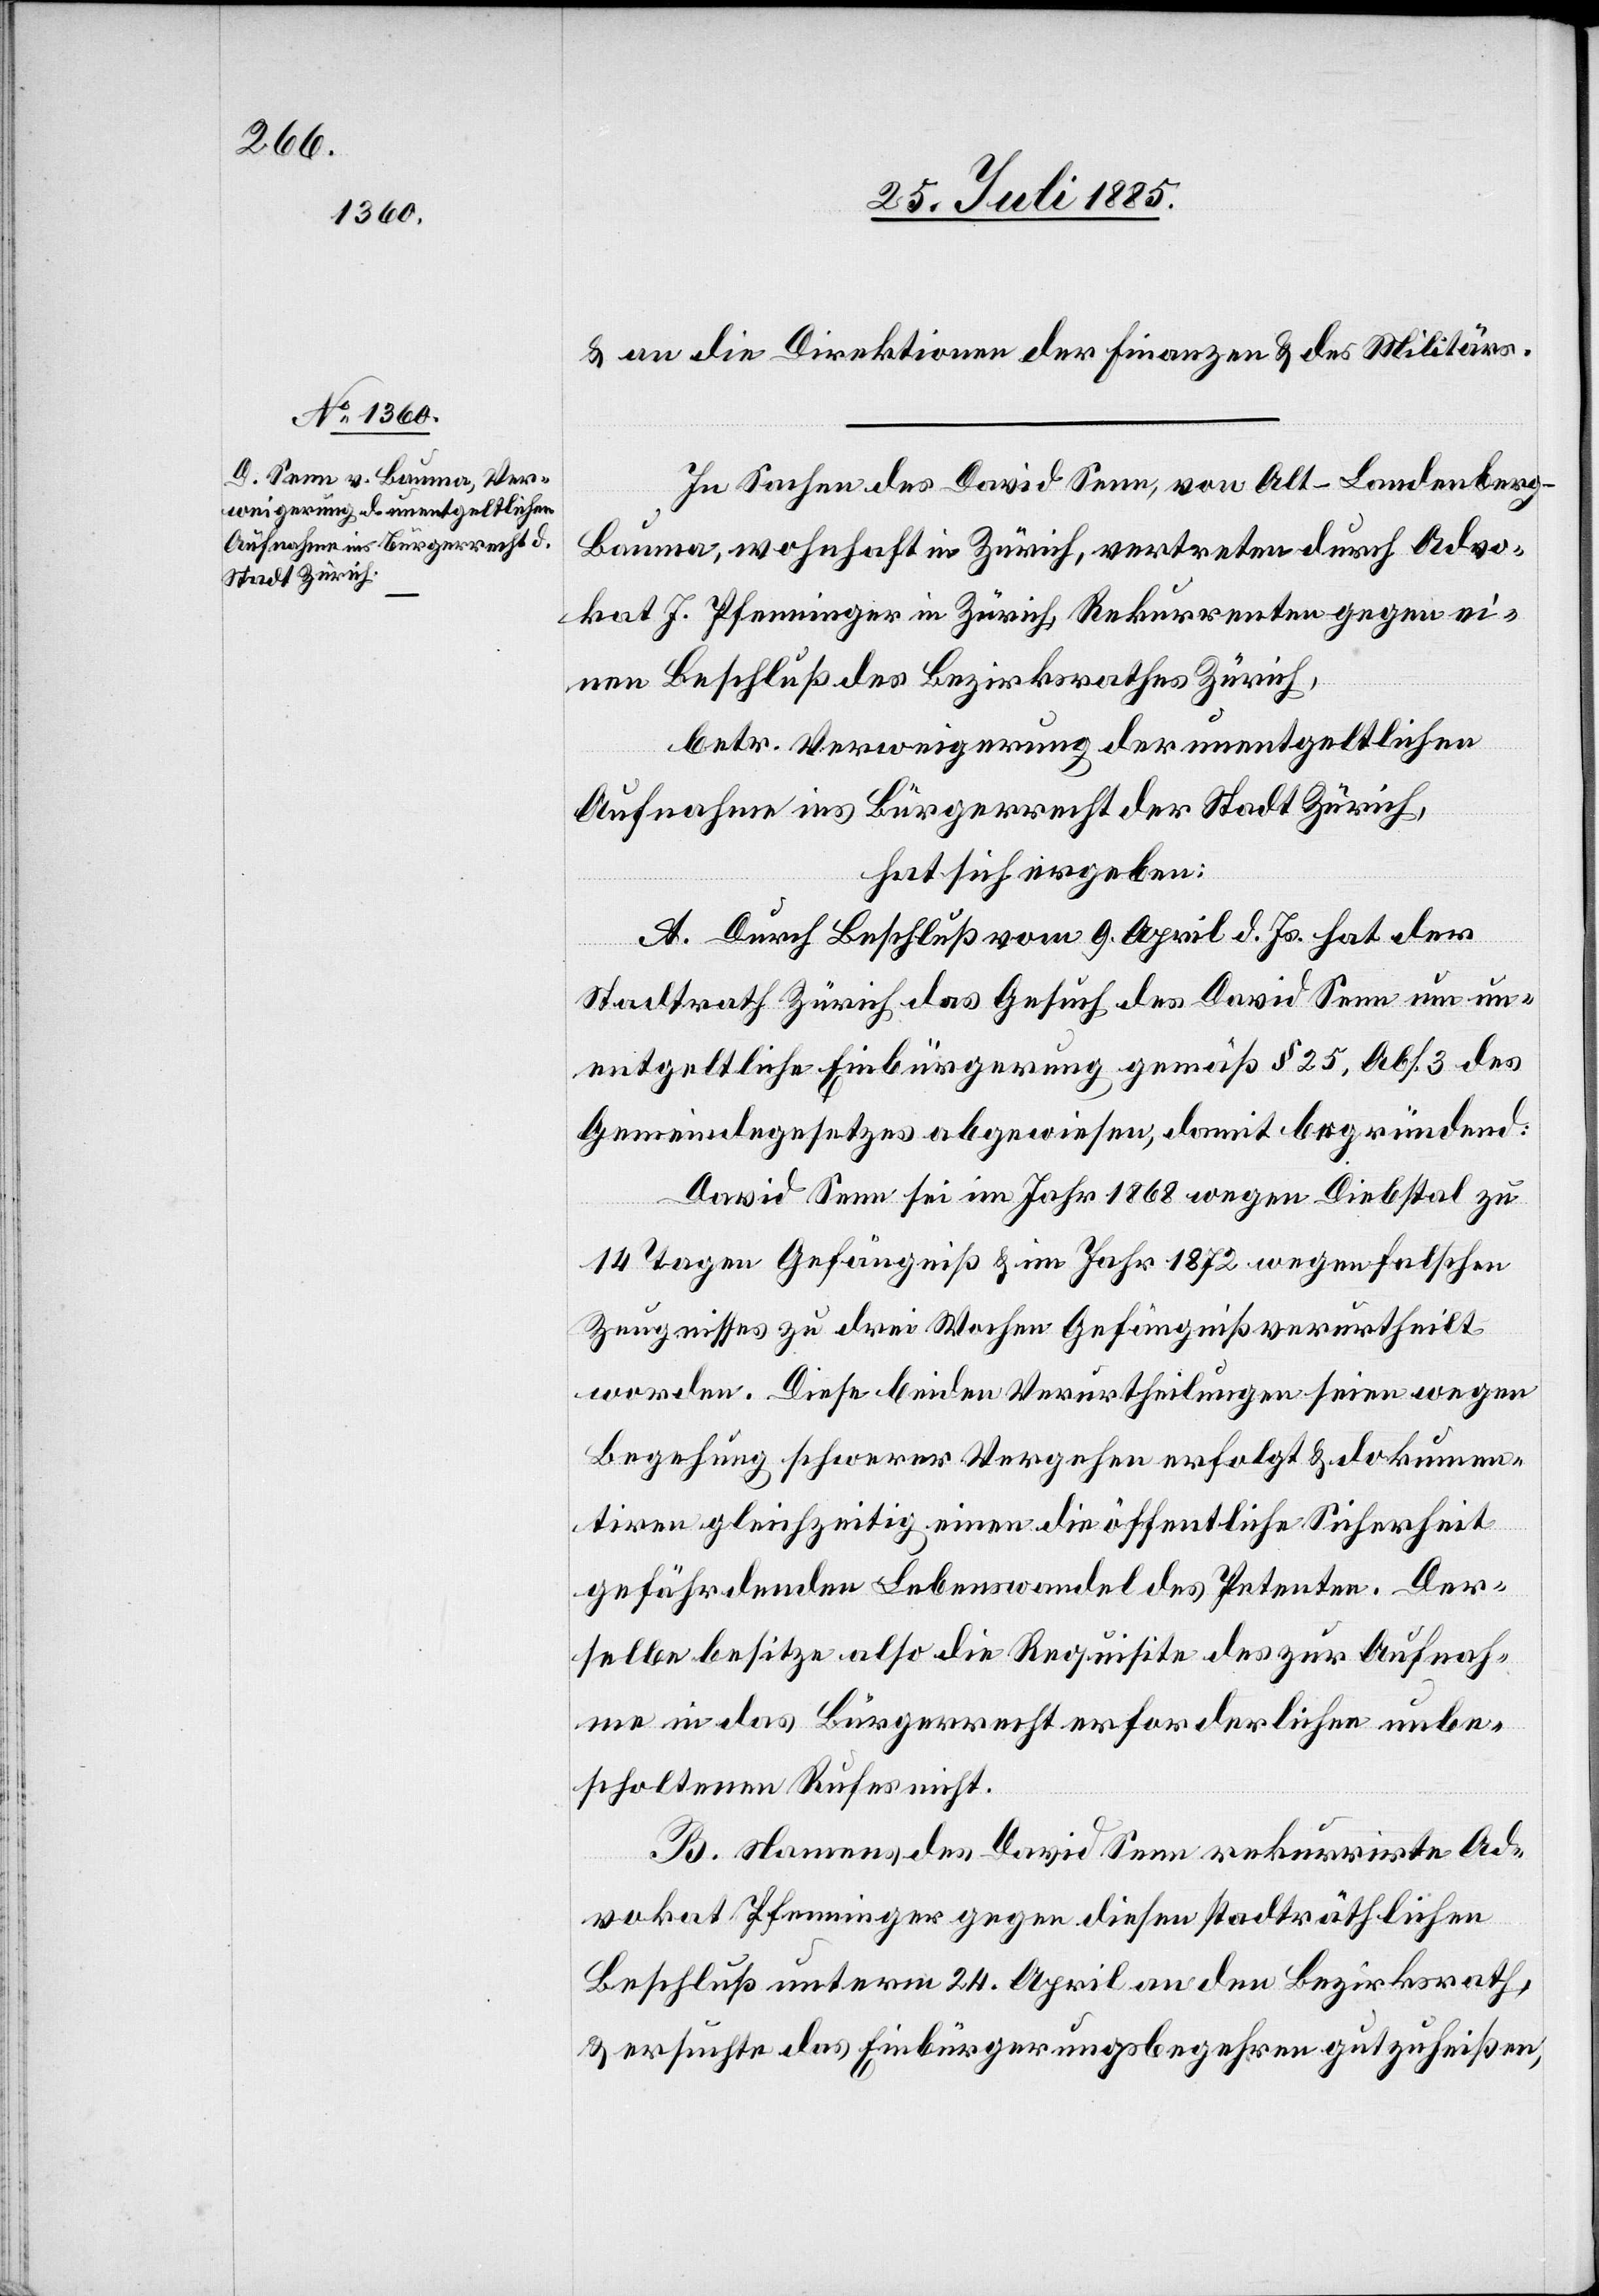
& an die Direktionen der Finanzen & des Militärs.
In Sachen des David Senn, von Alt-Landenberg
Bauma, wohnhaft in Zürich, vertreten durch Advo¬
kat J. Pfenninger in Zürich, Rekurrenten gegen ei¬
nen Beschluß des Bezirksrathes Zürich,
betr. Verweigerung der unentgeltlichen
Aufnahme ins Bürgerrecht der Stadt Zürich,
hat sich ergeben:
A. Durch Beschluß vom 9. April d. Js. hat der
Stadtrath Zürich das Gesuch des David Senn um un¬
entgeltliche Einbürgerung gemäß § 25, Abs. 3 des
Gemeindegesetzes abgewiesen, damit begründend:
David Senn sei im Jahr 1868 wegen Diebstal zu
14 Tagen Gefängniß & im Jahr 1872 wegen falschen
Zeugnisses zu drei Wochen Gefängniß verurtheilt
worden. Diese beiden Verurtheilungen seien wegen
Begehung schwerer Vergehen erfolgt & dokumen¬
tiren gleichzeitig einen die öffentliche Sicherheit
gefährdenden Lebenswandel des Petenten. Der¬
selbe besitze also die Requisite des zur Aufnah¬
me in das Bürgerrecht erforderlichen unbe¬
scholtenen Rufes nicht.
B. Namens des David Senn rekurrirte Ad¬
vokat Pfenninger gegen diesen stadträthlichen
Beschluß unterm 24. April an den Bezirksrath,
& ersuchte das Einbürgerungsbegehren gutzuheißen,